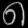
Digit: ၈